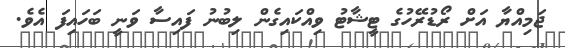
ޖަމިއްޔާ އަށް ރޯޑުރޭހުގެ ޓީޝާޓު ވިއްކައިގެން ލިބުނު ފައިސާ ވަނީ ބަހައިފަ އެވެ.